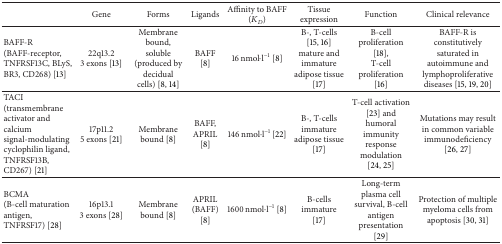
<table><thead><tr><td><b> </b></td><td><b>Gene</b></td><td><b>Forms</b></td><td><b>Ligands</b></td><td><b>Affinity to BAFF (<i>K</i><sub><i>D</i></sub>)</b></td><td><b>Tissue expression</b></td><td><b>Function</b></td><td><b>Clinical relevance</b></td></tr></thead><tbody><tr><td>BAFF-R(BAFF-receptor, TNFRSF13C, BLyS, BR3, CD268) [13]</td><td>22q13.23 exons [13]</td><td>Membrane bound, soluble (produced by decidual cells) [8, 14]</td><td>BAFF [8]</td><td>16 nmol·l<sup>−1</sup> [8]</td><td>B-, T-cells [15, 16]mature and immature adipose tissue [17]</td><td>B-cell proliferation [18],T-cell proliferation [16]</td><td>BAFF-R is constitutively saturated in autoimmune and lymphoproliferative diseases [15, 19, 20]</td></tr><tr><td>TACI(transmembrane activator and calcium signal-modulating cyclophilin ligand, TNFRSF13B, CD267) [21]</td><td>17p11.25 exons [21]</td><td>Membrane bound [8]</td><td>BAFF, APRIL [8]</td><td>146 nmol·l<sup>−1</sup>[22]</td><td>B-, T-cellsimmature adipose tissue [17]</td><td>T-cell activation [23] and humoral immunity response modulation [24, 25]</td><td>Mutations may result in common variable immunodeficiency [26, 27]</td></tr><tr><td>BCMA(B-cell maturation antigen, TNFRSF17) [28]</td><td>16p13.13 exons [28]</td><td>Membrane bound [8]</td><td>APRIL (BAFF) [8]</td><td>1600 nmol·l<sup>−1</sup> [8]</td><td>B-cellsimmature [17]</td><td>Long-term plasma cell survival, B-cell antigen presentation [29]</td><td>Protection of multiple myeloma cells from apoptosis [30, 31]</td></tr></tbody></table>